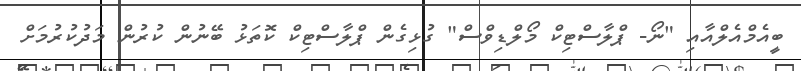
ބީއެމްއެލްއާއި "ނޯ- ޕްލާސްޓިކް މޯލްޑިވްސް" ގުޅިގެން ޕްލާސްޓިކް ކޮތަޅު ބޭނުން ކުރުން މަދުކުރުމަށް